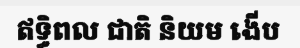
ឥទ្ធិពល ជាតិ និយម ងើប